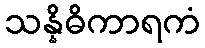
သန္နိဓိကာရကံ